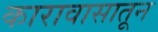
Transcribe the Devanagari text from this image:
कारावासातून